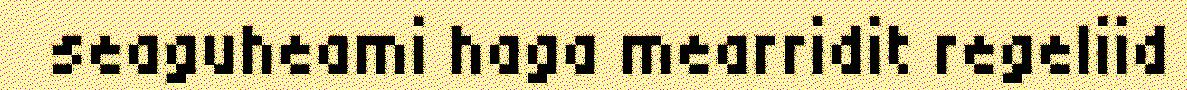
seaguheami haga mearridit regeliid